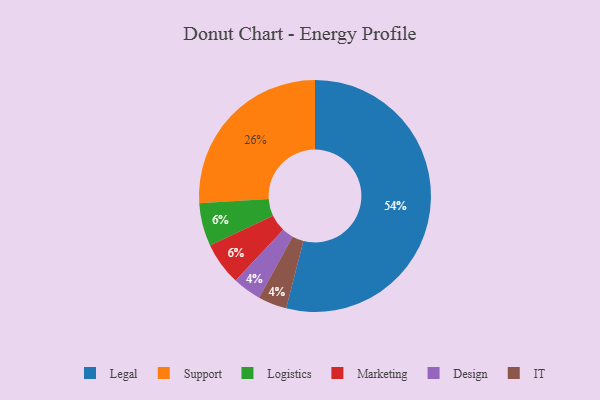
{"axis": {"x": "Category", "y": "Percentage"}, "legend": ["Design", "IT", "Legal", "Logistics", "Marketing", "Support"], "data": [{"x": "Design", "y": 4, "type": "Design"}, {"x": "IT", "y": 4, "type": "IT"}, {"x": "Logistics", "y": 6, "type": "Logistics"}, {"x": "Legal", "y": 54, "type": "Legal"}, {"x": "Marketing", "y": 6, "type": "Marketing"}, {"x": "Support", "y": 26, "type": "Support"}]}